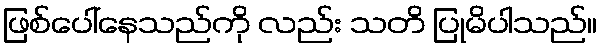
ဖြစ်ပေါ်နေသည်ကို လည်း သတိ ပြုမိပါသည်။